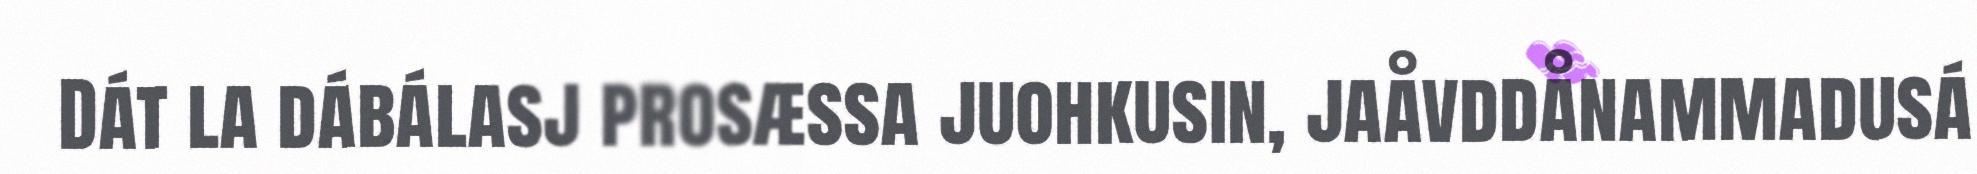
Dát la dábálasj prosæssa juohkusin, jaåvddånammadusá